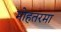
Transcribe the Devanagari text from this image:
मोहतरमा